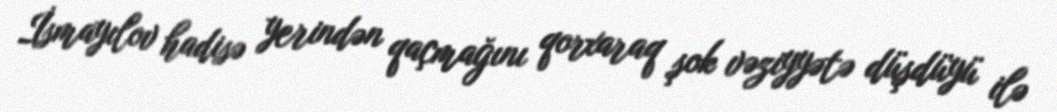
İsmayılov hadisə yerindən qaçmağını qorxaraq şok vəziyyətə düşdüyü ilə